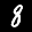
Label: 8